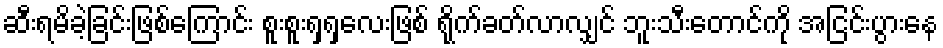
ဆီးရမိခဲ့ခြင်းဖြစ်ကြောင်း စူးစူးရှရှလေးဖြစ် ရိုက်ခတ်လာလျှင် ဘူးသီးတောင်ကို အငြင်းပွားနေ